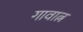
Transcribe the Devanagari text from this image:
गावात्न